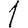
Digit: 1